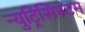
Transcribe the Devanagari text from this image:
न्युट्रिसिस्टम